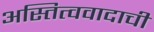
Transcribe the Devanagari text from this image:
अस्तित्ववादाची